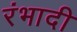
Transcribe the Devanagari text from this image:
रंभादी